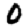
Digit: 0